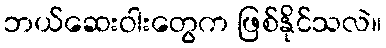
ဘယ်ဆေးဝါးတွေက ဖြစ်နိုင်သလဲ။